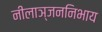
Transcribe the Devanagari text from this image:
नीलाञ्जननिभाय